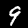
Digit: 9